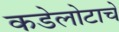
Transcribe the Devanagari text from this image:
कडेलोटाचे